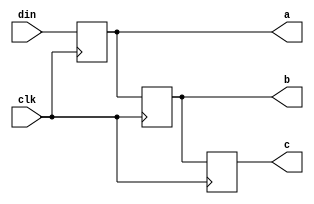
module nonblock_assign_des_2(din, clk, a, b, c);

input din;
input clk;

output reg a;
output reg b;
output reg c;

always @(posedge clk)
begin
	a <= din;
        b <= a;
        c <= b;
end
endmodule

module nonblock_assign_tes_2;

reg din;
reg clk;

wire a;
wire b;
wire c;

nonblock_assign_des_2 uut(.din(din),
        .clk(clk),
        .a(a),
        .b(b),
        .c(c));

initial
begin
        $dumpfile("nonblock_wave_2.vcd");
        $dumpvars(0,nonblock_assign_tes_2);
        din = 1'b1;
        clk = 1'b0;
end

always #2 clk = clk + 1'b1;

endmodule